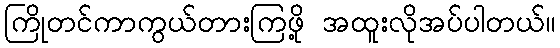
ကြိုတင်ကာကွယ်တားကြဖို့ အထူးလိုအပ်ပါတယ်။